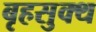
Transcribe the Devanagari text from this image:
बृहसुक्थ